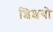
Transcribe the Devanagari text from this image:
शिशयो